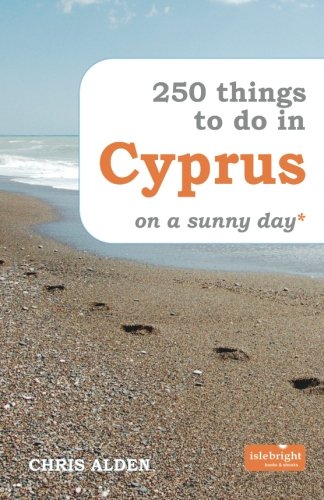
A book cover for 250 Things to Do in Cyprus on a Sunny Day*; Chris Alden; Travel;